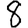
Digit: 8